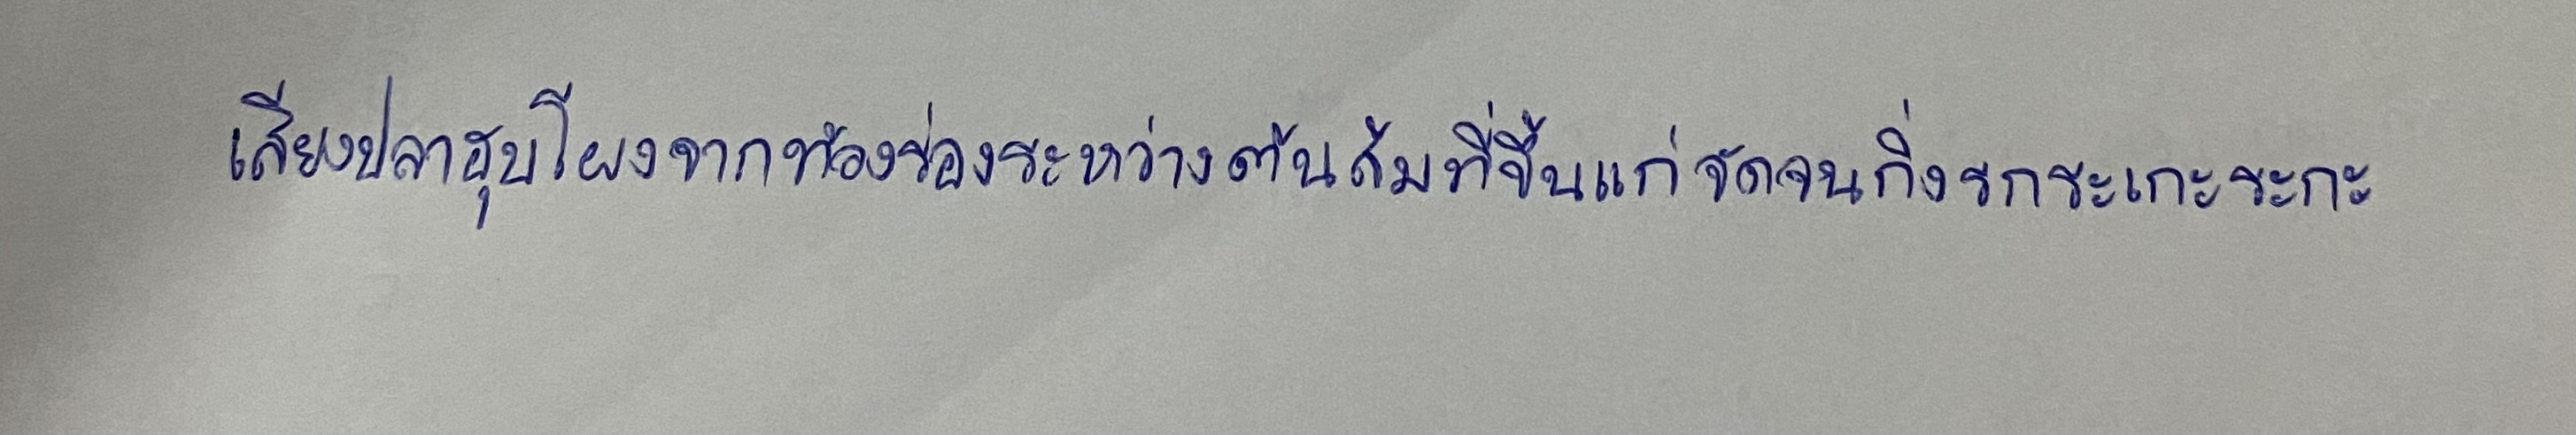
เสียงปลาฮุบโผงจากท้องร่องระหว่างต้นส้มที่ขึ้นแก่จัดจนกิ่งรกระเกะระกะ